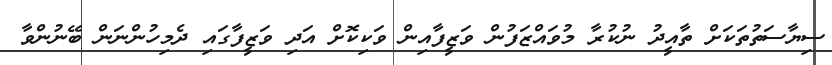
ސިޔާސަތުތަކަށް ތާއީދު ނުކުރާ މުވައްޒަފުން ވަޒީފާއިން ވަކިކޮށް އަދި ވަޒީފާގައި ދެމިހުންނަން ބޭނުންވާ